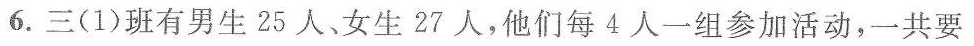
6.三(1)班有男生25人、女生27人，他们每4人一组参加活动，一共要